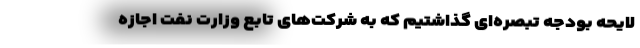
لایحه بودجه تبصره‌ای گذاشتیم که به شرکت‌های تابع وزارت نفت اجازه